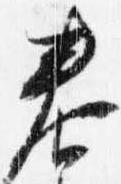
春